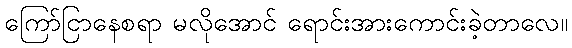
ကြော်ငြာနေစရာ မလိုအောင် ရောင်းအားကောင်းခဲ့တာလေ။